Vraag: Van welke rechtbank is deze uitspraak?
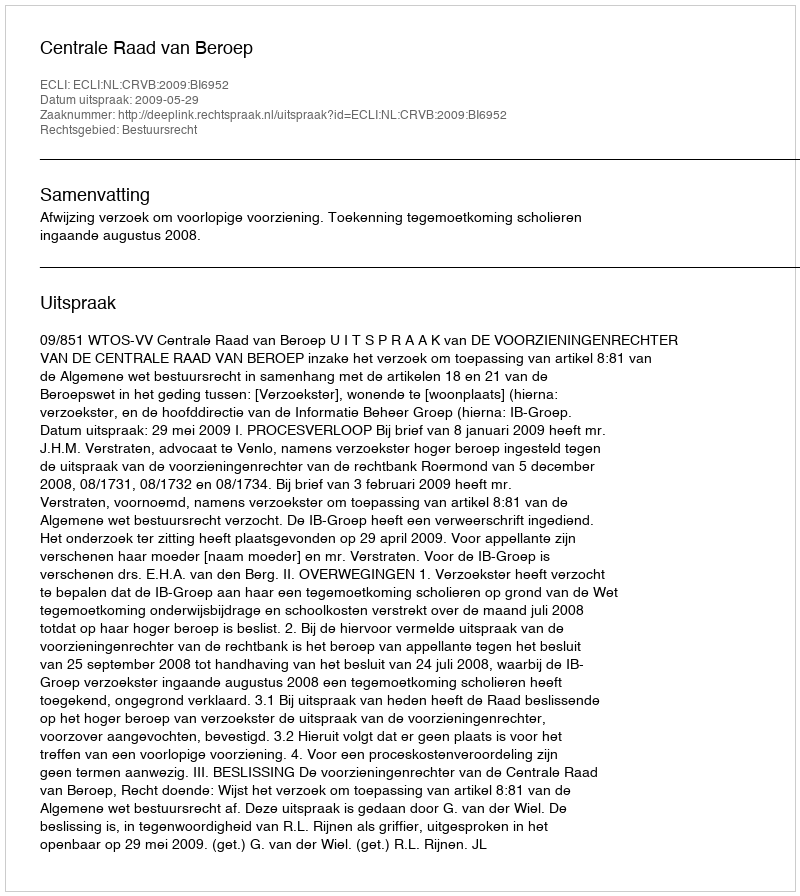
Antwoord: Centrale Raad van Beroep